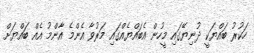
ހަކުރު ބައްޔަކީ ދުނިޔޭގައި މީހުން އެބައްޔެއްގައި މަރުވާ އެންމެ އާންމު އެއް ބައްޔަށް